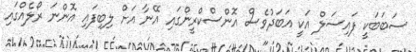
ސަބަބަކީ ފައިސަލް އަކީ އަބަދުވެސް އޮންސްކްރީންގައި އޭނާ އަށް ލިބިފައި އޮންނަ ރޯލެއްގައި